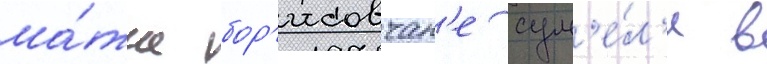
ма́тче бор'исовчан'е сум'е́л'и в